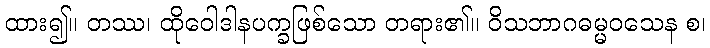
ထား၍။ တဿ၊ ထိုဝေါဒါနပက္ခဖြစ်သော တရား၏။ ဝိသဘာဂဓမ္မဝသေန စ၊